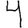
Digit: 4